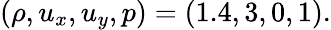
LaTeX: (\rho,u_{x},u_{y},p)=(1.4,3,0,1).